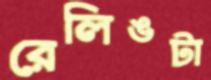
রেলিঙটা